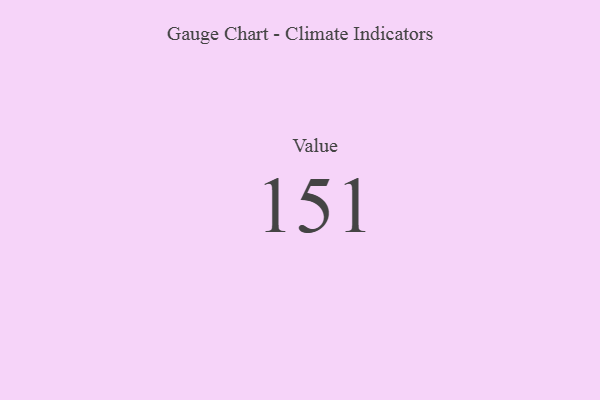
{"axis": {"x": "Metric", "y": "Value"}, "legend": [""], "data": [{"x": "Value", "y": 151, "type": ""}]}